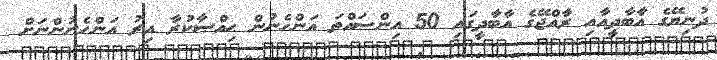
ދުނިޔޭގެ އާބާދީއާއި ރާއްޖޭގެ އާބާދީގައި 50 އިންސައްތަ އަންހެނުން ޙިއްޞާކުރާ އިރު އަންހެނުންނަށް